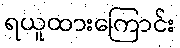
ရယူထားကြောင်း